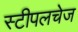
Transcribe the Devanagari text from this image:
स्टीपलचेज